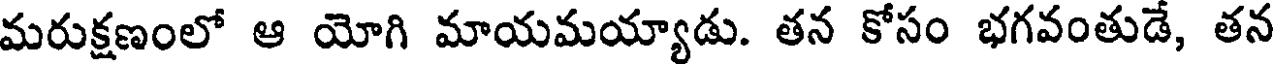
మరుక్షణంలో ఆ యోగి మాయమయ్యాడు. తన కోసం భగవంతుడే, తన